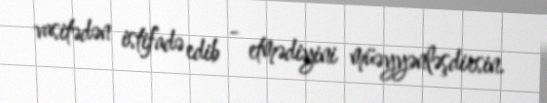
vasitədən istifadə edib - etmədiyini müəyyənləşdirsin.